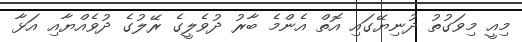
މިއީ މިވަގުތު ދުނިޔޭގައި އޮތް އެންމެ ބާރު ދުވެލީގެ ރޭލުގެ ދުވެއްޔާއި އަޅާ